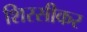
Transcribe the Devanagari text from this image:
शिरसीकर